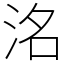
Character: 洺